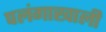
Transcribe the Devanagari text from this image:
पलंगाखाली